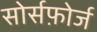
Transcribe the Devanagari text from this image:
सोर्सफ़ोर्ज